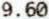
9.60